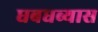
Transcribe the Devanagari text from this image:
धबधब्यास